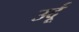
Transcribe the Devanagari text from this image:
उर्दूू